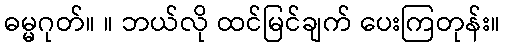
ဓမ္မဂုတ်။ ။ ဘယ်လို ထင်မြင်ချက် ပေးကြတုန်း။